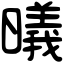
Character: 㬢